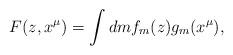
LaTeX: \begin{align*}F(z, x^{\mu}) = \int dm f_m(z) g_m(x^{\mu}),\end{align*}